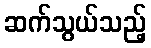
ဆက်သွယ်သည့်